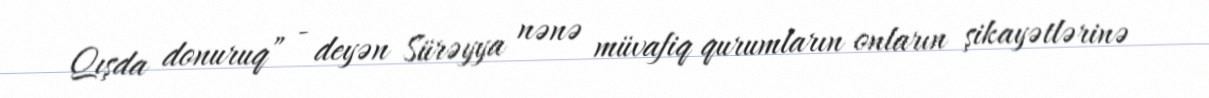
Qışda donuruq” - deyən Sürəyya nənə müvafiq qurumların onların şikayətlərinə